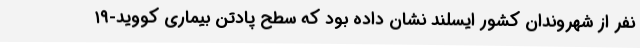
نفر از شهروندان کشور ایسلند نشان داده بود که سطح پادتن بیماری کووید-۱۹